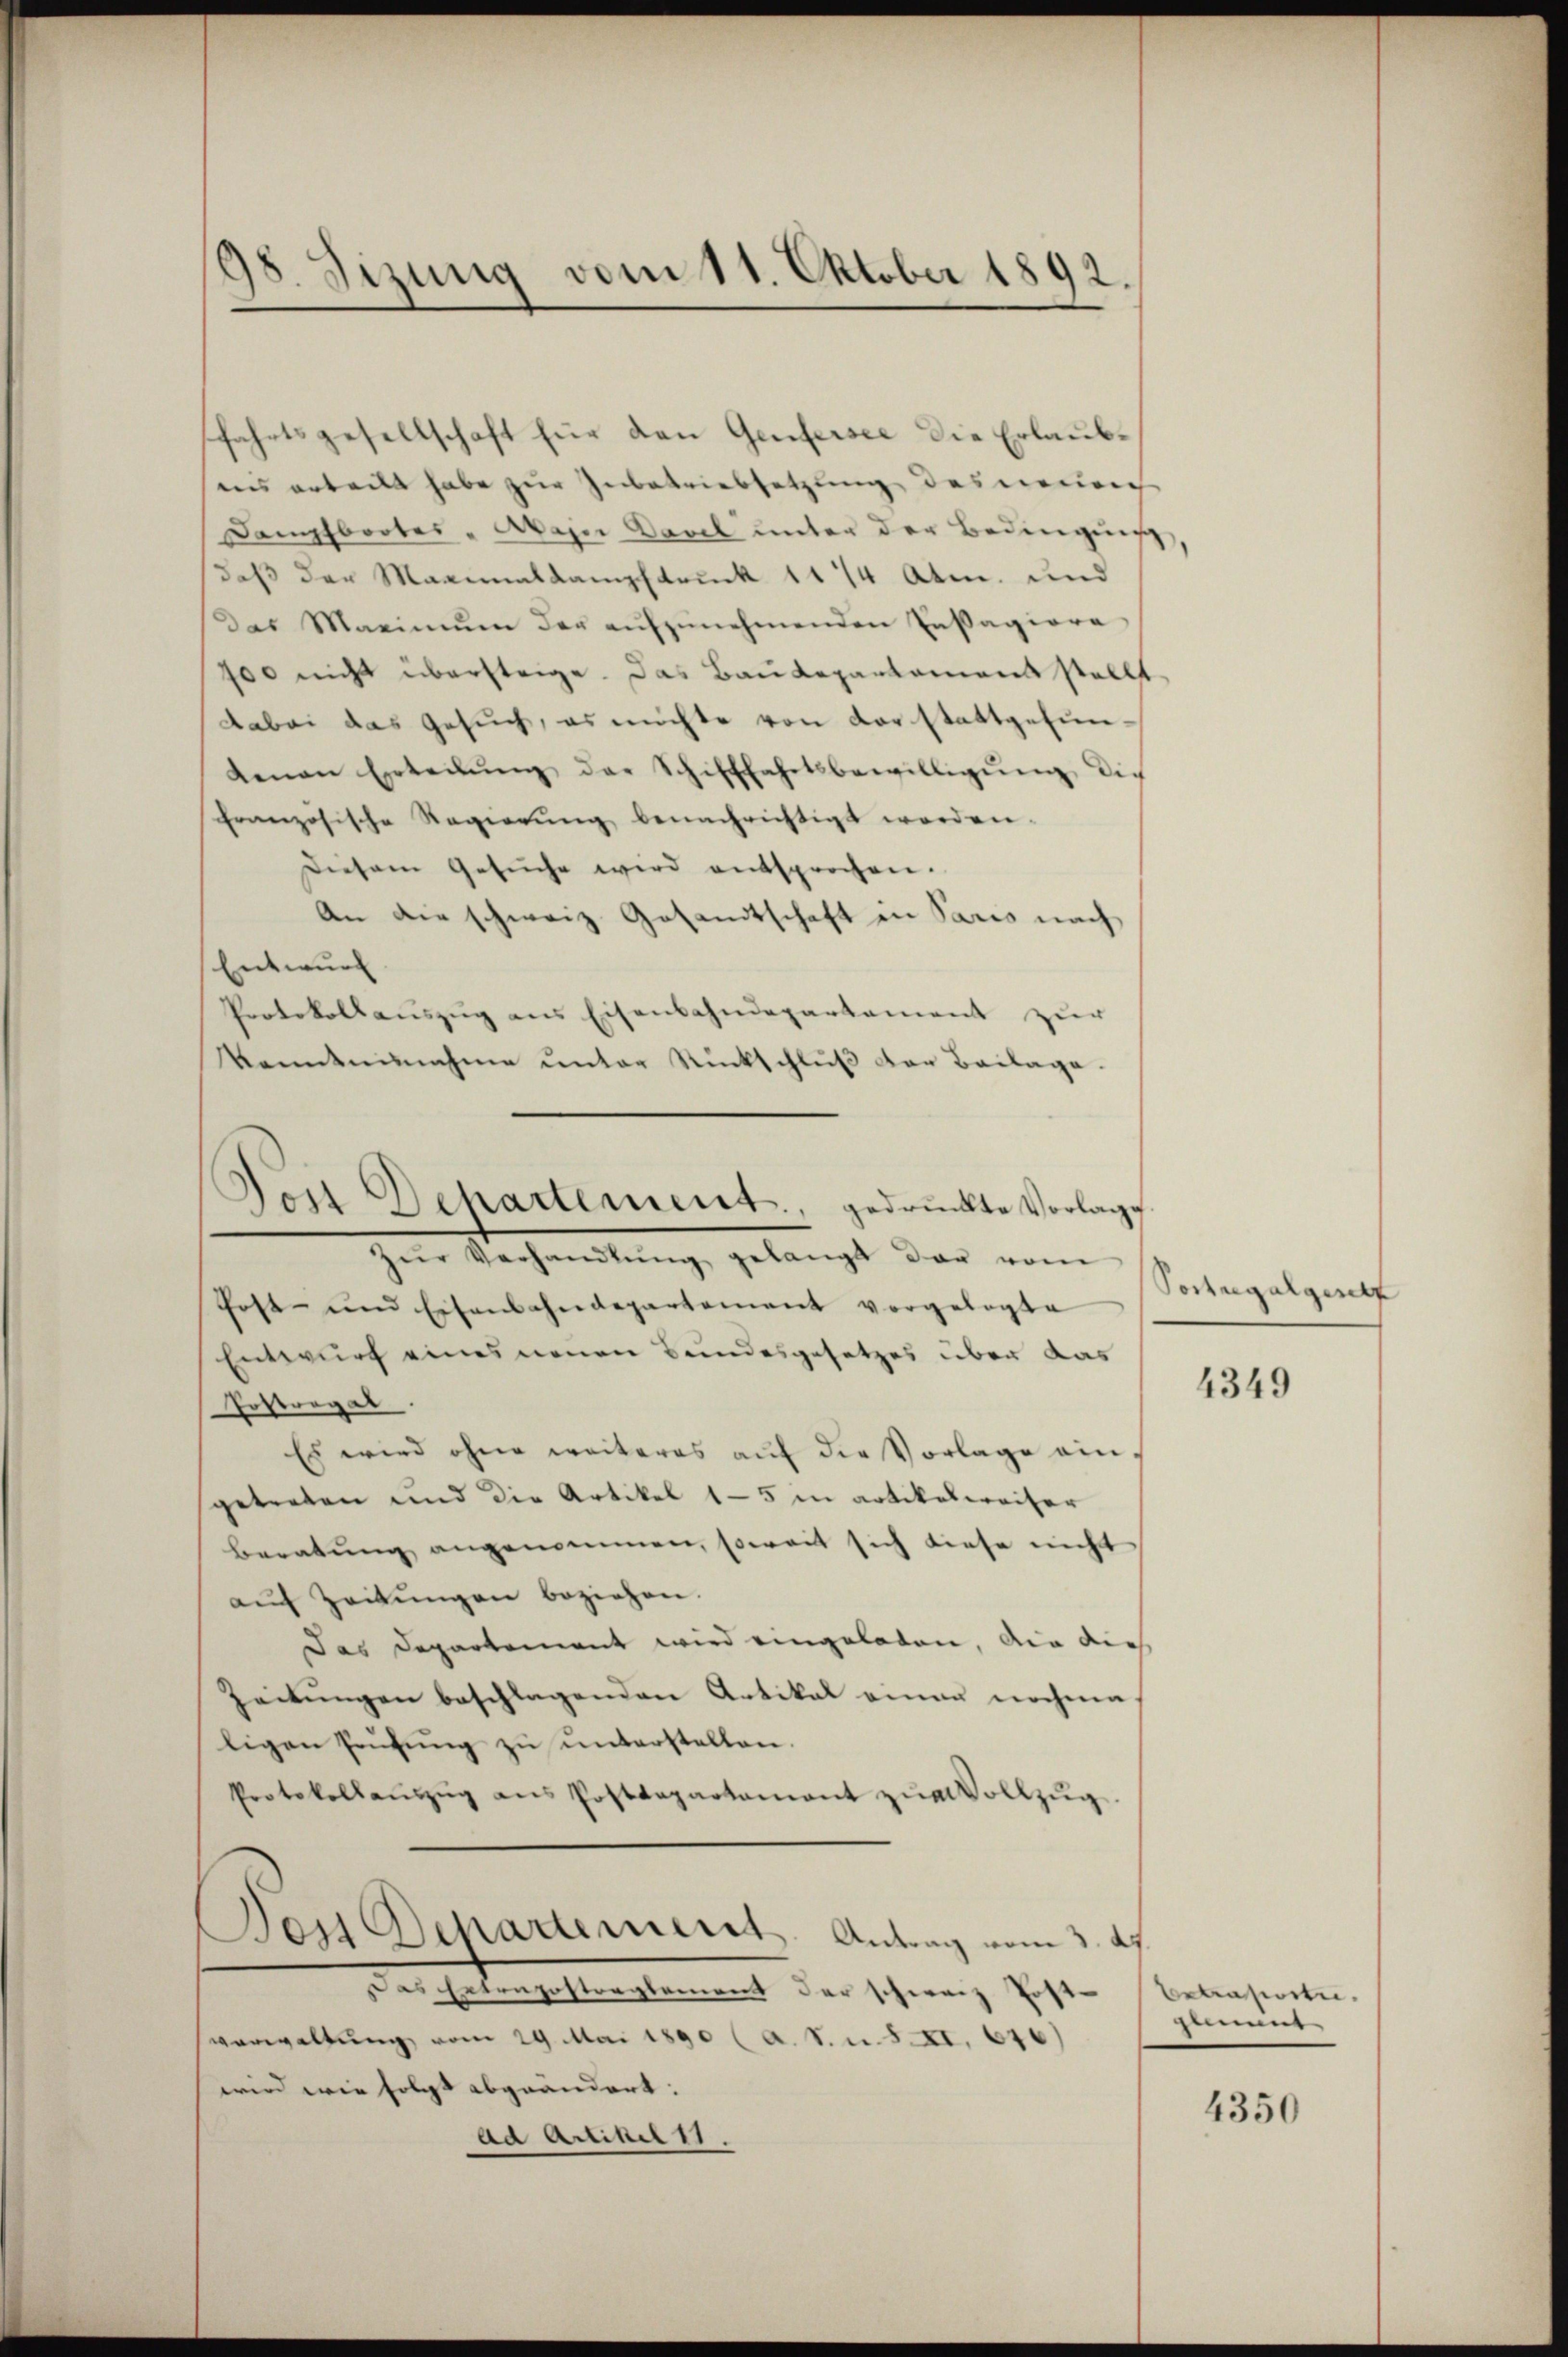
198. Sizung vom 11. Oktober 1892.

fahrtsgesellschaft für den Genfersee die Erlaubunis erteilt habe zur Zubetriebsetzung des neulich
Dampfbootes " Waser Davel unter der Bedingung,
daß der Maginaldampfbruck 11 14 Atm. und
Das Maximŭm der aŭfzŭnehmenden Instagiere
700 nicht übersteige. Das Baudepartement stellt
Dabei das Gesuch, es möchte von Vorstattgefuntenan Erteilŭng der Schifffahrtsbewilligŭng die
französische Regierŭng benachrichtigt worden.
Diesem Gesŭche wird entsprochen.
An die schweiz. Gesandtschaft in Paris nach
Entwurf
Protokollauszug aus Eisenbahndepartament zur
kanntnisnahme unter Rückschlŭβ der Beilage.
host- und Eisenbahndepartement vorgelegte
Entwurf eines neuen Bundesgesetzes über das
Erstregel
Es wird ohne weiteres aŭf die Vorlage ein,
getreten und die Artikel 15 in artikelweiser
beratŭng angenommen, soweit sich diese nicht
aŭf Zeitŭngen beziehen.
Das Departement wird eingeladen, die auch
Zeitŭngen beschlagenden Artikal einer nochma
ligen Prüfŭng zu unterstellen.
Protokollaŭszŭg ans Postdepartament zŭr Vollzŭg.
Dos Departement. Antrag vom 3. ds
Das haben gelten genant der Schranz sicht
verwaltung vom 29. Mai 1890 (a. S. u. S. XI. 616)
wird wie folgt abgeändert:
Ad Artikel 11.

Don Departement, gedruckte Vorlage
zŭr Verhandlŭng gelangt dar vom

Postregalgesetz

4349

betasierte.
glent |

4350